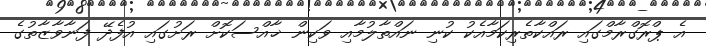
އެ ޕްރޮގްރާމްގައި ރައްކާތެރިކަމާއެކު ކުނި ނައްތާލުމާއި ވަކިން ޚާއްސަކޮށް ރަށުގައި އުފެދޭ ފަނާވާޒާތުގެ